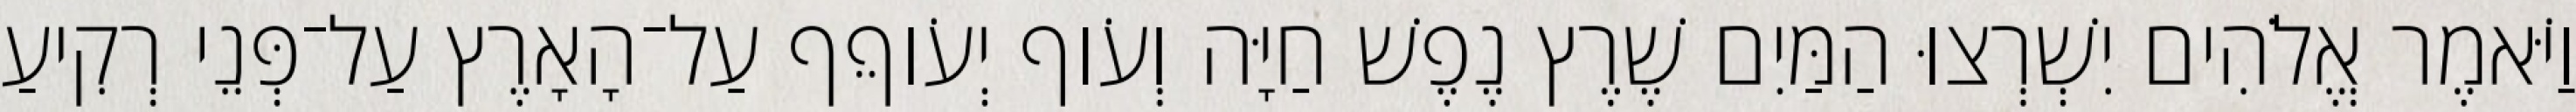
וַיֹּאמֶר אֱלֹהִים יִשְׁרְצוּ הַמַּיִם שֶׁרֶץ נֶפֶשׁ חַיָּה וְעֹוף יְעֹוףֵף עַל־הָאָרֶץ עַל־פְּנֵי רְקִיעַ